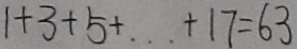
1 + 3 + 5 + \cdots + 1 7 = 6 3